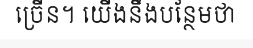
ច្រើន។ យើងនឹងបន្ថែមថា